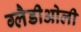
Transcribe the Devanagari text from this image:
ग्‍लैडीओली